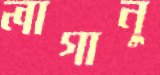
লাগানু